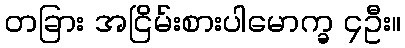
တခြား အငြိမ်းစားပါမောက္ခ ၄ဦး။